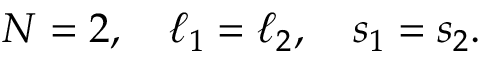
\begin{array} { r } { N = 2 , \quad \ell _ { 1 } = \ell _ { 2 } , \quad s _ { 1 } = s _ { 2 } . } \end{array}